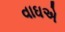
વાઘએ